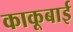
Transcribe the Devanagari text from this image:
काकूबाई